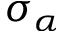
\sigma _ { \alpha }